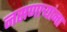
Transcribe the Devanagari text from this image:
नसणाऱ्यांना